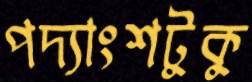
পদ্যাংশটুকু